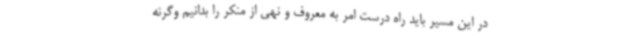
در این مسیر باید راه درست امر به معروف و نهی از منکر را بدانیم وگرنه